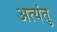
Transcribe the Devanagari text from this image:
अत्यंतु